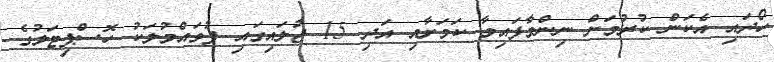
ހޯދައި އެކަން ކުރުމަށް ނިންމާފައިވާ ކަމަށާއި އަދި 15 ޖުލައިގައި ފުވައްމުލަކު ހޮސްޕިޓަލުގެ